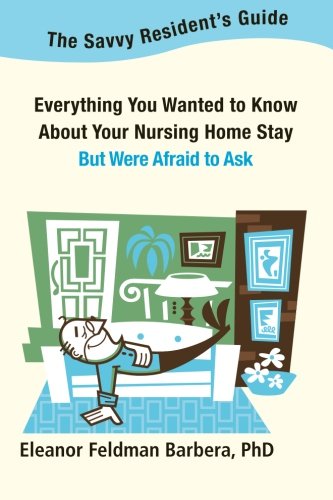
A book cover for The Savvy Resident's Guide: Everything You Wanted to Know About Your Nursing Home Stay But Were Afraid to Ask; Eleanor Feldman Barbera PhD; Health, Fitness & Dieting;